Eesti_Ajutise_Valitsuse_Peavolinikud, lk 6
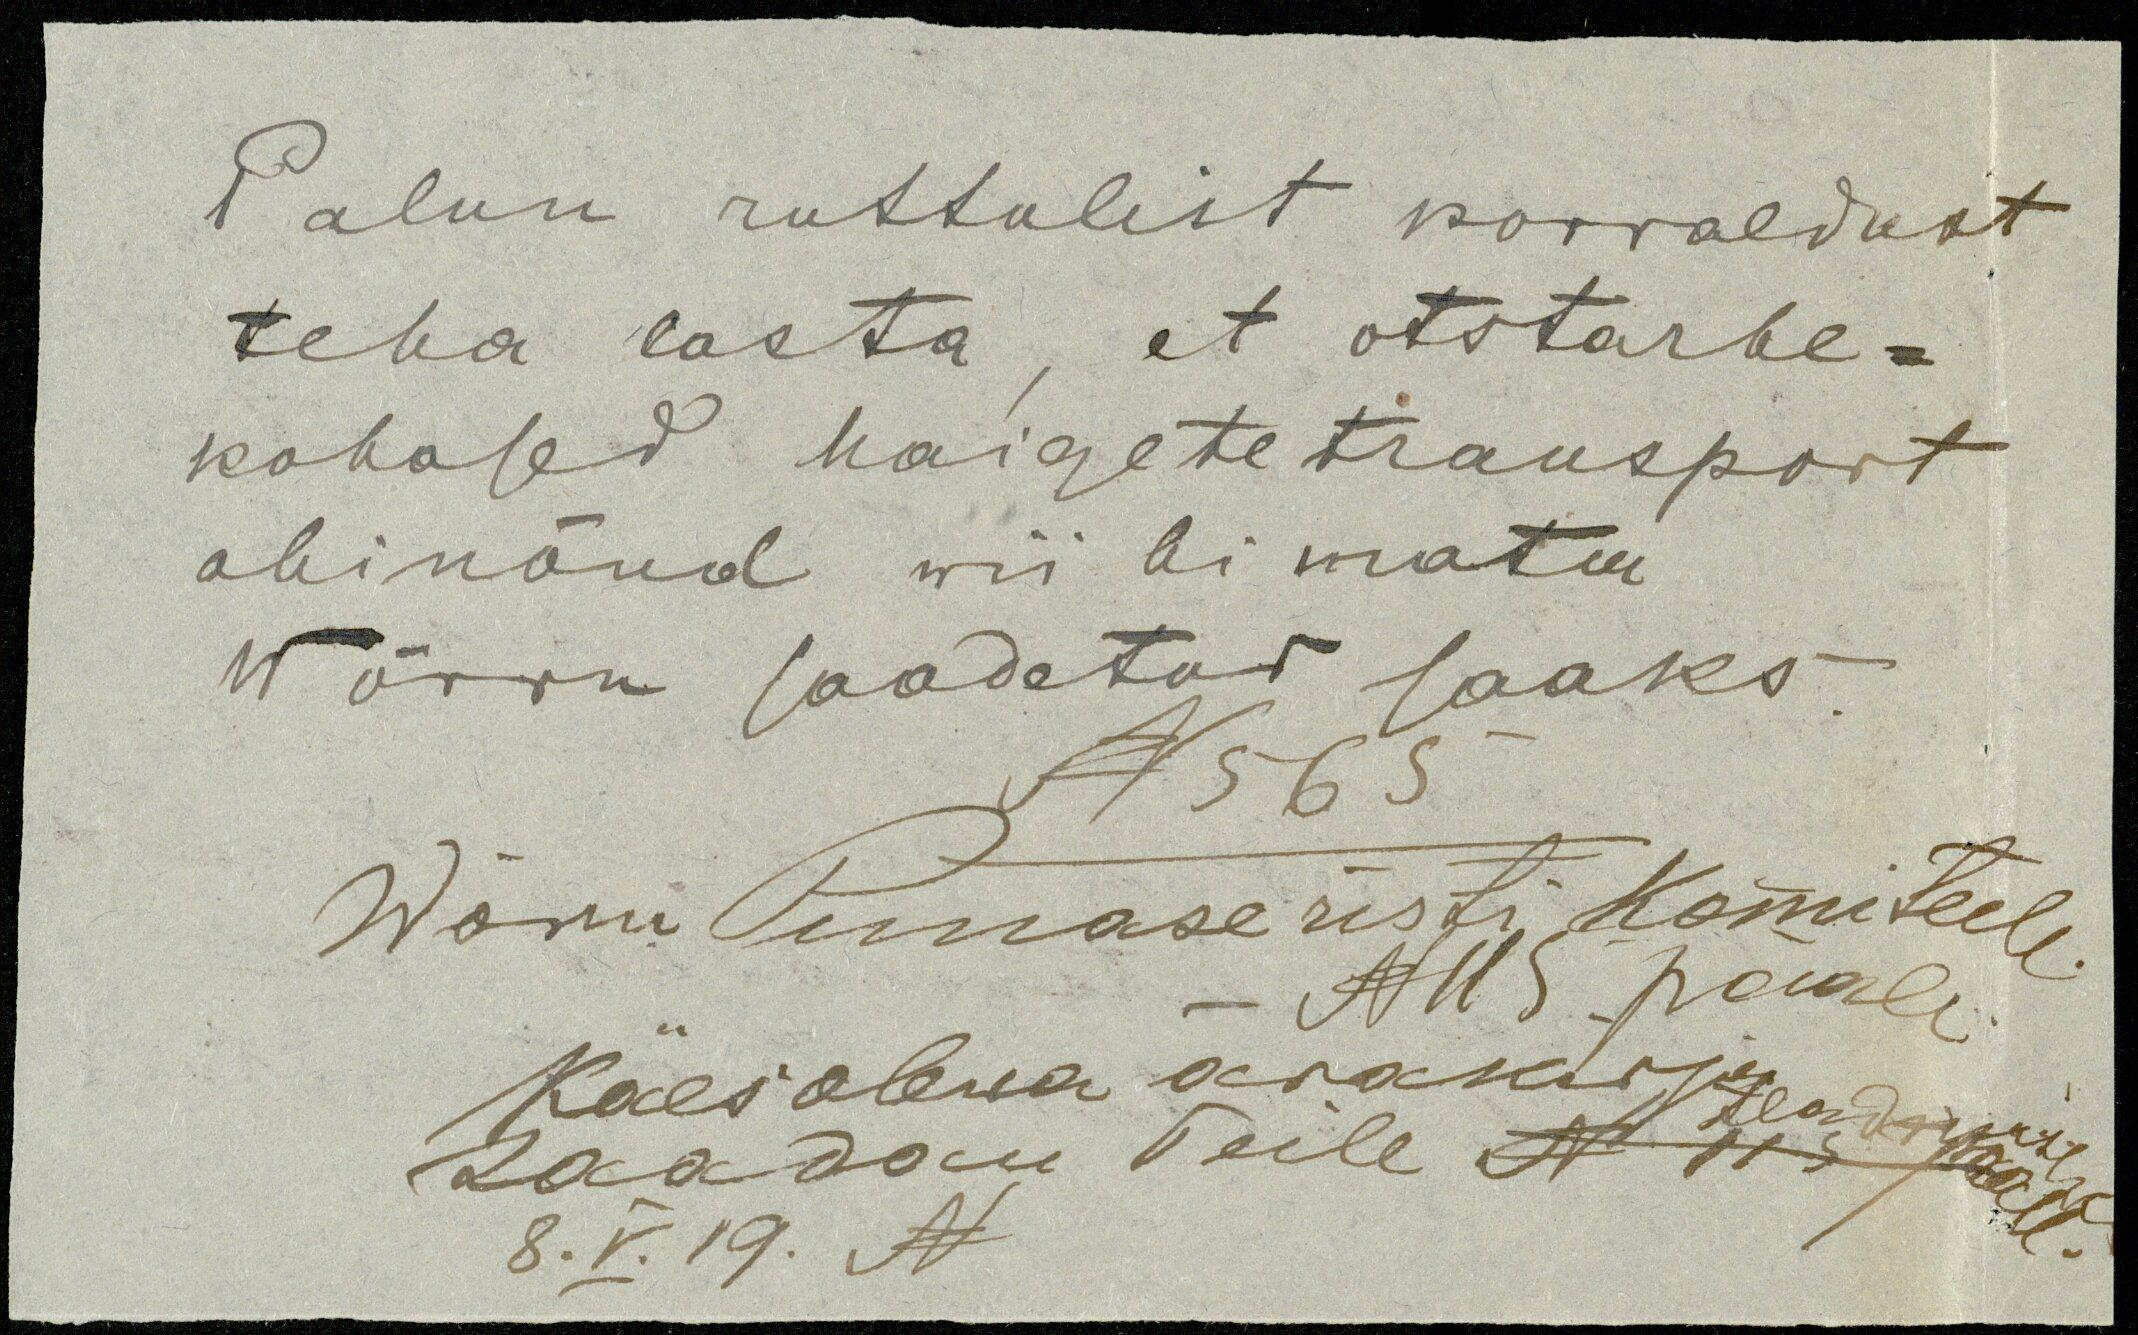
Palun ruttulist korraldust
teha lasta, et otstarbe-
kohased haigetetransport
abinõud wiibimata
Wõrru saadetud saaks
N 565
Wõru Punase risti Komiteele
- N 115 päale
Käesolewa ärakirja
saadan Teile N 115 poolt
8.V.19. N